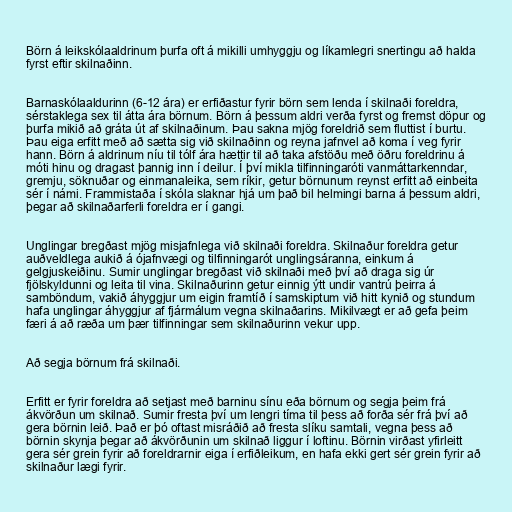
Börn á leikskólaaldrinum þurfa oft á mikilli umhyggju og líkamlegri snertingu að halda
fyrst eftir skilnaðinn.

Barnaskólaaldurinn (6-12 ára) er erfiðastur fyrir börn sem lenda í skilnaði foreldra,
sérstaklega sex til átta ára börnum. Börn á þessum aldri verða fyrst og fremst döpur og
þurfa mikið að gráta út af skilnaðinum. Þau sakna mjög foreldrið sem fluttist í burtu.
Þau eiga erfitt með að sætta sig við skilnaðinn og reyna jafnvel að koma í veg fyrir
hann. Börn á aldrinum níu til tólf ára hættir til að taka afstöðu með öðru foreldrinu á
móti hinu og dragast þannig inn í deilur. Í því mikla tilfinningaróti vanmáttarkenndar,
gremju, söknuðar og einmanaleika, sem ríkir, getur börnunum reynst erfitt að einbeita
sér í námi. Frammistaða í skóla slaknar hjá um það bil helmingi barna á þessum aldri,
þegar að skilnaðarferli foreldra er í gangi.

Unglingar bregðast mjög misjafnlega við skilnaði foreldra. Skilnaður foreldra getur
auðveldlega aukið á ójafnvægi og tilfinningarót unglingsáranna, einkum á
gelgjuskeiðinu. Sumir unglingar bregðast við skilnaði með því að draga sig úr
fjölskyldunni og leita til vina. Skilnaðurinn getur einnig ýtt undir vantrú þeirra á
samböndum, vakið áhyggjur um eigin framtíð í samskiptum við hitt kynið og stundum
hafa unglingar áhyggjur af fjármálum vegna skilnaðarins. Mikilvægt er að gefa þeim
færi á að ræða um þær tilfinningar sem skilnaðurinn vekur upp.

Að segja börnum frá skilnaði.

Erfitt er fyrir foreldra að setjast með barninu sínu eða börnum og segja þeim frá
ákvörðun um skilnað. Sumir fresta því um lengri tíma til þess að forða sér frá því að
gera börnin leið. Það er þó oftast misráðið að fresta slíku samtali, vegna þess að
börnin skynja þegar að ákvörðunin um skilnað liggur í loftinu. Börnin virðast yfirleitt
gera sér grein fyrir að foreldrarnir eiga í erfiðleikum, en hafa ekki gert sér grein fyrir að
skilnaður lægi fyrir.